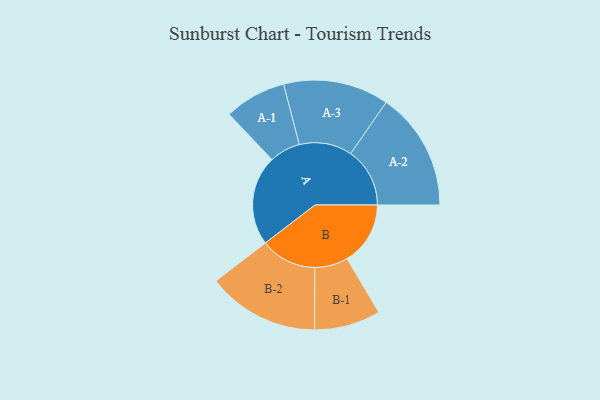
{"axis": {"x": "Segment", "y": "Value"}, "legend": ["", "A", "B"], "data": [{"x": "A", "y": 407, "type": ""}, {"x": "B", "y": 287, "type": ""}, {"x": "A-1", "y": 140, "type": "A"}, {"x": "A-2", "y": 268, "type": "A"}, {"x": "A-3", "y": 239, "type": "A"}, {"x": "B-1", "y": 150, "type": "B"}, {"x": "B-2", "y": 254, "type": "B"}]}